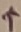
Text: +